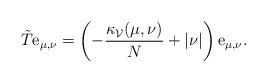
LaTeX: \begin{align*}\tilde{T}\mathrm{e}_{\mu,\nu}=\left(-\frac{\kappa_{\mathcal{V}}(\mu,\nu)}{N}+|\nu|\right)\mathrm{e}_{\mu,\nu}.\end{align*}